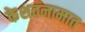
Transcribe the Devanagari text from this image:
केशवनामात